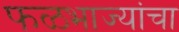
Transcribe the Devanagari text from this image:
फळभाज्यांचा